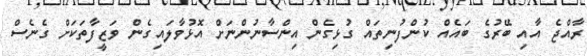
ރާއްޖެ އާއި ބޭރުގެ ބައެއް ކުންފުނިތައް ގުޅިގެން އިންސާނުންނަށް އޮޅުވާލައިގެން ވަޒީފާތަކަށް ގެނެސް